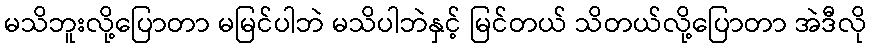
မသိဘူးလို့ပြောတာ မမြင်ပါဘဲ မသိပါဘဲနှင့် မြင်တယ် သိတယ်လို့ပြောတာ အဲဒီလို